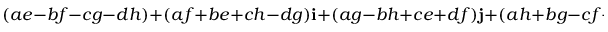
( a e - b f - c g - d h ) + ( a f + b e + c h - d g ) \mathbf { i } + ( a g - b h + c e + d f ) \mathbf { j } + ( a h + b g - c f + d e ) \mathbf { k } .